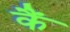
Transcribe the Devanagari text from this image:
कैं